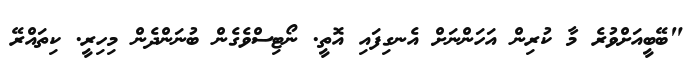
"ބޭބީއަށްވުރެ މާ ކުރިން އަހަންނަށް އެނގިފައި އޮތީ. ނޯޓިސްވެގެން ބުނަންދެން މިހިރީ. ކިތައްރޭ